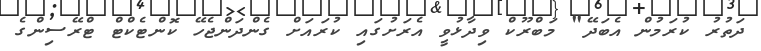
ދަތުރު ކުރަމުން އެބަދޭ" މަބްރޫކް ވިދާޅުވީ އެރަށުގައި ކުރައަށް ގެންދަންޖެހޭ ކޮންޓެކްޓް ޓްރޭސިންގެ